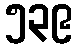
၅၃၉